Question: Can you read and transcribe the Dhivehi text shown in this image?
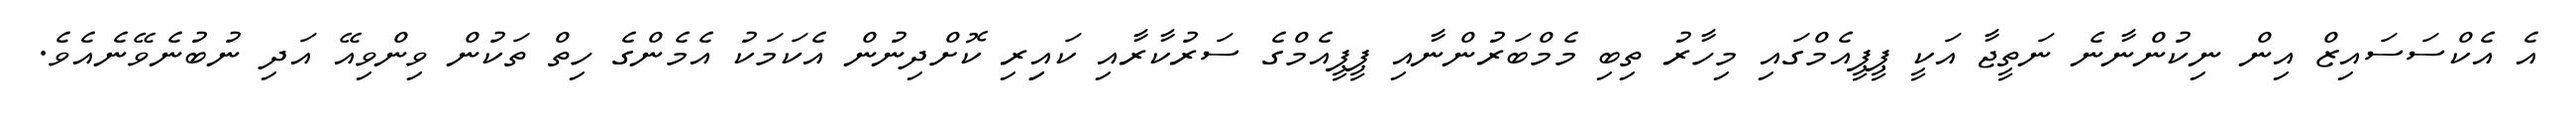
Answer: އެ އެކްސަސައިޒް އިން ނިކުންނާނެ ނަތީޖާ އަކީ ޕީޕީއެމްގައި މިހާރު ތިބި މެމްބަރުންނާއި ޕީޕީއެމްގެ ސަރުކާރާއި ކައިިރި ކޮށްދިނުން އެކަމަކު އެމެންގެ ހިތް ތަކުން ވިންވިއޭ އަދި ނުބުނެވޭނެއެވެ.